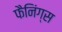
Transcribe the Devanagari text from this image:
फैनिंग्स